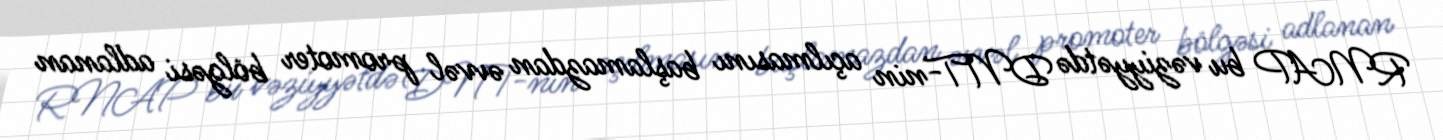
RNAP bu vəziyyətdə DNT-nin açılmasını başlamazdan əvvəl promoter bölgəsi adlanan